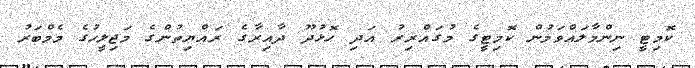
ކޮމިޓީ ނިންމާލައްވަމުން ކޮމިޓީގެ މުގައްރިރު އަދި ހޮޅުދޫ ދާއިރާގެ ރައްޔިތުންގެ މަޖިލީހުގެ މެމްބަރު